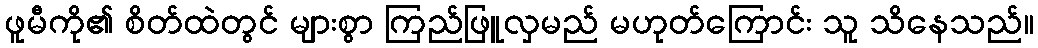
ဖူမီကို၏ စိတ်ထဲတွင် များစွာ ကြည်ဖြူလှမည် မဟုတ်ကြောင်း သူ သိနေသည်။